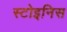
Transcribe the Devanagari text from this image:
स्टोइनिस